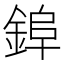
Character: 𮢌